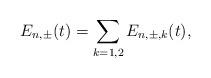
LaTeX: \begin{align*}E_{n,\pm}(t) = \sum_{k=1,2} E_{n,\pm,k}(t),\end{align*}